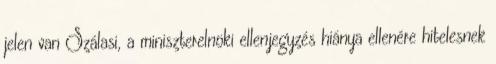
jelen van Szálasi, a miniszterelnöki ellenjegyzés hiánya ellenére hitelesnek